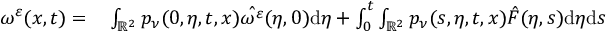
\begin{array} { r l } { \omega ^ { \varepsilon } ( x , t ) = } & { { } \int _ { \mathbb { R } ^ { 2 } } p _ { \nu } ( 0 , \eta , t , x ) \hat { \omega ^ { \varepsilon } } ( \eta , 0 ) \mathrm { d } \eta + \int _ { 0 } ^ { t } \int _ { \mathbb { R } ^ { 2 } } p _ { \nu } ( s , \eta , t , x ) \hat { F } ( \eta , s ) \mathrm { d } \eta \mathrm { d } s } \end{array}